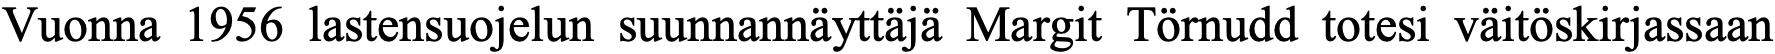
Vuonna 1956 lastensuojelun suunnannäyttäjä Margit Törnudd totesi väitöskirjassaan